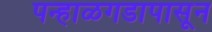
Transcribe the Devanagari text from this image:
पन्हाळगडापासून